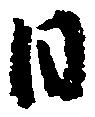
日